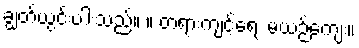
ချွတ်ယွင်းပါးသည်။ ။ တရားကျင့်ရေး မယဉ်ကျေး။